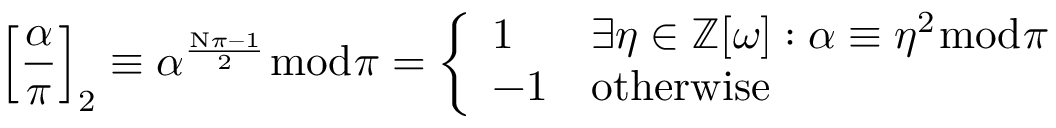
\left[ { \frac { \alpha } { \pi } } \right] _ { 2 } \equiv \alpha ^ { \frac { \mathrm { N } \pi - 1 } { 2 } } { \bmod { \pi } } = { \left\{ \begin{array} { l l } { 1 } & { \exists \eta \in \mathbb { Z } [ \omega ] : \alpha \equiv \eta ^ { 2 } { \bmod { \pi } } } \\ { - 1 } & { { \mathrm { o t h e r w i s e } } } \end{array} \right. }